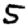
Digit: 5